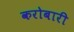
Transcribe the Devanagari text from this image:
करोबारी